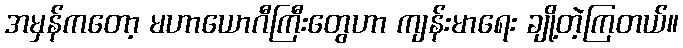
အမှန်ကတော့ မဟာယောဂီကြီးတွေဟာ ကျန်းမာရေး ချို့တဲ့ကြတယ်။